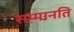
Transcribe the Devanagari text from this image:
सम्मानति